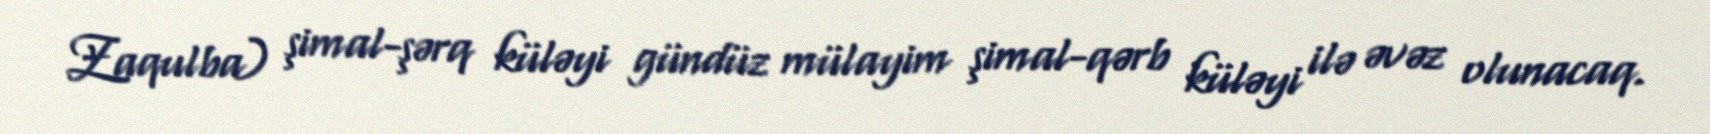
Zaqulba) şimal-şərq küləyi gündüz mülayim şimal-qərb küləyi ilə əvəz olunacaq.